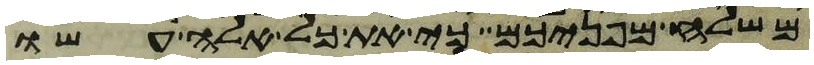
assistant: משלח מפניכם כי את כל אלה עשו